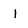
Character: l